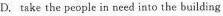
D,take the people in need into the building